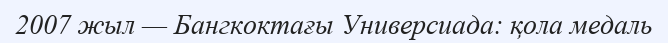
2007 жыл — Бангкоктағы Универсиада: қола медаль